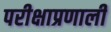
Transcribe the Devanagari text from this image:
परीक्षाप्रणाली